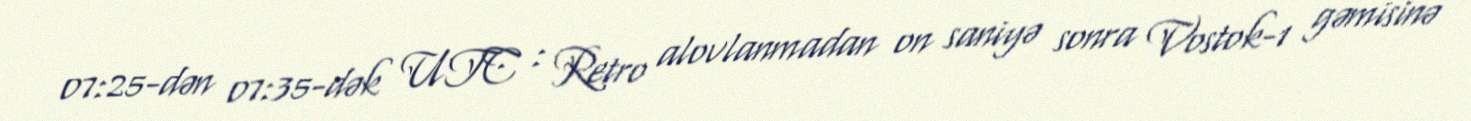
07:25-dən 07:35-dək UTC : Retro alovlanmadan on saniyə sonra Vostok-1 gəmisinə